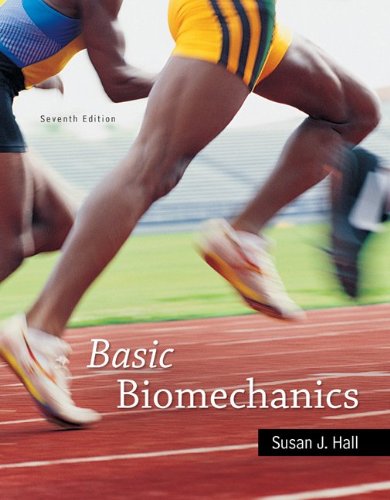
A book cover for Basic Biomechanics; Susan Hall; Engineering & Transportation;